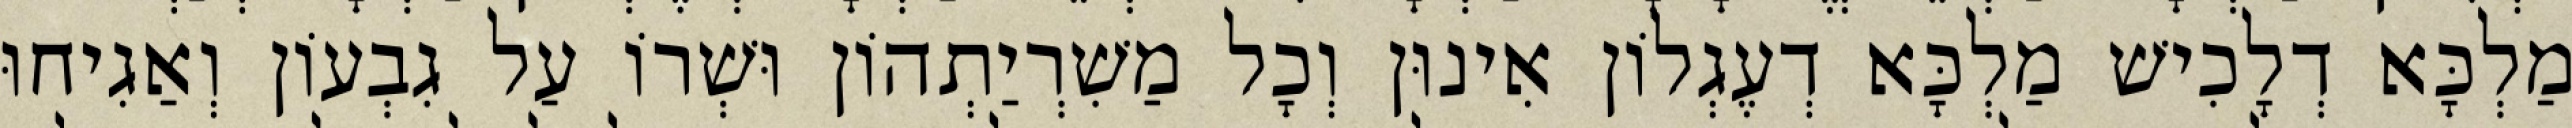
מַלְכָּא דְלָכִישׁ מַלְכָּא דְעֶגְלוֹן אִינוּן וְכָל מַשִׁרְיַתְהוֹן וּשְׁרוֹ עַל גִבְעוֹן וְאַגִיחוּ